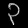
Digit: ၃